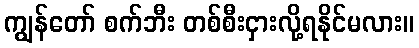
ကျွန်တော် စက်ဘီး တစ်စီးငှားလို့ရနိုင်မလား။